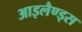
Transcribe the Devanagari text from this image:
आइलैण्ड्स